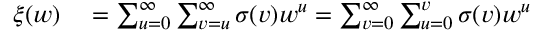
\begin{array} { r l } { \xi ( w ) } & { { } = \sum _ { u = 0 } ^ { \infty } \sum _ { v = u } ^ { \infty } \sigma ( v ) w ^ { u } = \sum _ { v = 0 } ^ { \infty } \sum _ { u = 0 } ^ { v } \sigma ( v ) w ^ { u } } \end{array}